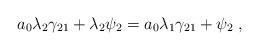
LaTeX: \begin{align*}a_0 \lambda_2 \gamma_{21} + \lambda_2 \psi_2 = a_0 \lambda_1 \gamma_{21} + \psi_2 \;,\end{align*}